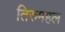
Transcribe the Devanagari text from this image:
तिरुमहल